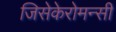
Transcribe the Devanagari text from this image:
जिसेकेरोमन्सी